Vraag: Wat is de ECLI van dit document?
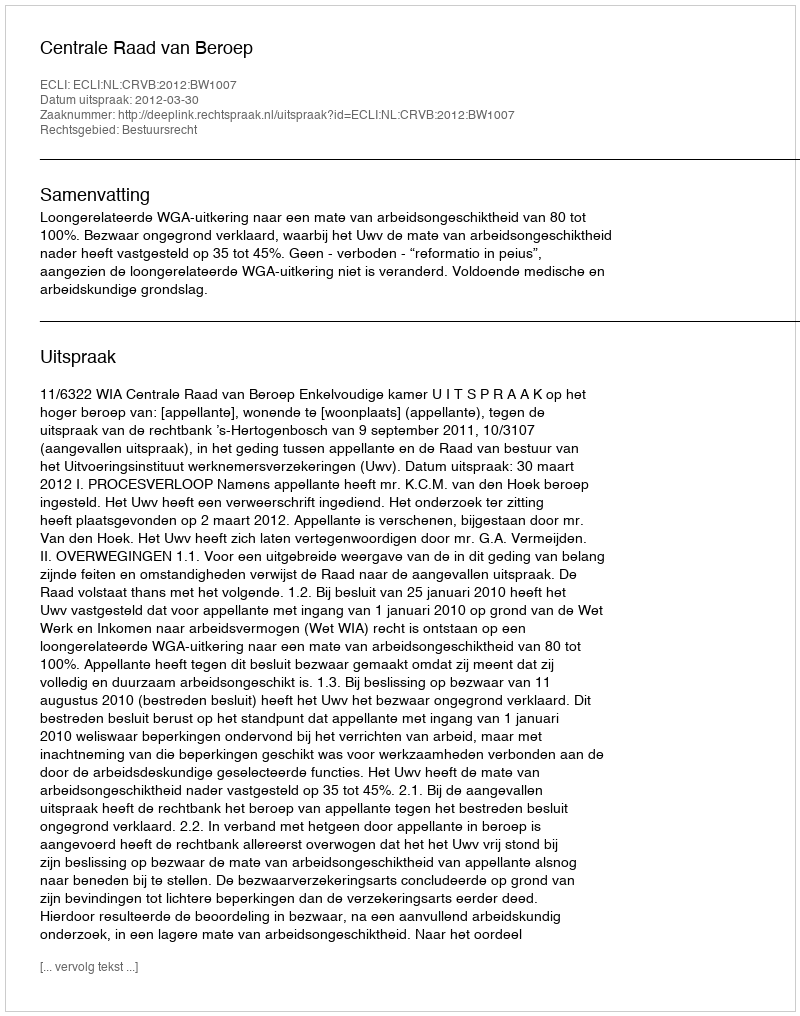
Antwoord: ECLI:NL:CRVB:2012:BW1007